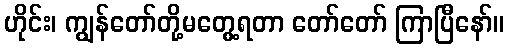
ဟိုင်း၊ ကျွန်တော်တို့မတွေ့ရတာ တော်တော် ကြာပြီနော်။